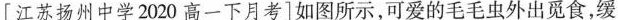
[江苏扬州中学2020高一下月考]如图所示，可爱的毛毛虫外出觅食，缓